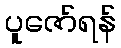
ပူဇော်ရန်